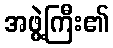
အဖွဲ့ကြီး၏